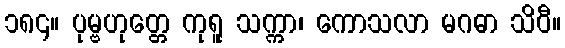
၁၈၄။ ပုမ္ဗဟုတ္တေ ကုရူ သက္ကာ၊ ကောသလာ မဂဓာ သိဝီ။